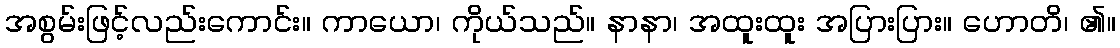
အစွမ်းဖြင့်လည်းကောင်း။ ကာယော၊ ကိုယ်သည်။ နာနာ၊ အထူးထူး အပြားပြား။ ဟောတိ၊ ၏။